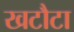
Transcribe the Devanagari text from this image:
खटौटा